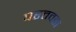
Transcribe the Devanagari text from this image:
परतवडा